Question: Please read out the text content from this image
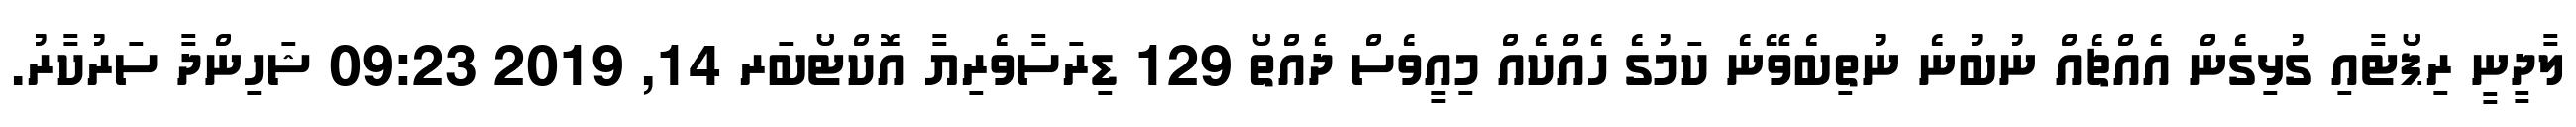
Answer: ލާދީނީ ރިޕޯޓާއި ގުޅިގެން އެއްޗެއް ނުބުނެ ނުތިބެވޭނެ ކަމުގެ ހެއްކެއް މިއީވެސް ދެއްތޯ 129 ޑިރަސާވެރިޔާ އޮކްޓޯބަރ 14, 2019 09:23 ޝަހިންދާ ސަރުކާރު.